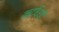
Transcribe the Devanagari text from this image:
ऋद्धियाँ